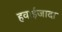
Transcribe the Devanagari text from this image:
हवाईजादा